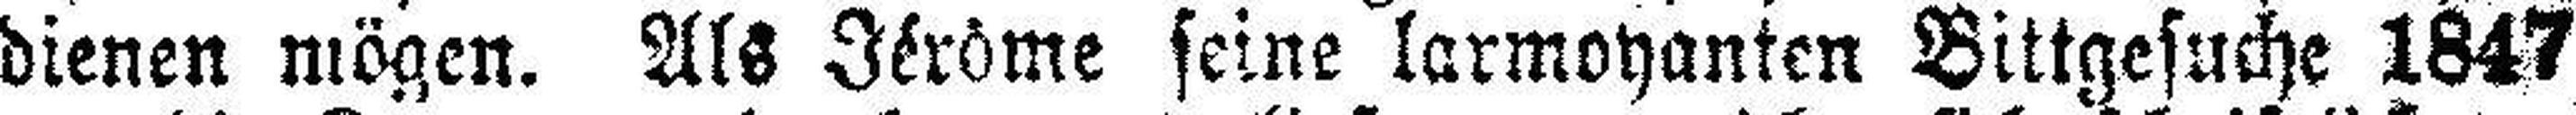
dienen mögen. Als Jérôme seine larmoyanten Bittgesuche 1847